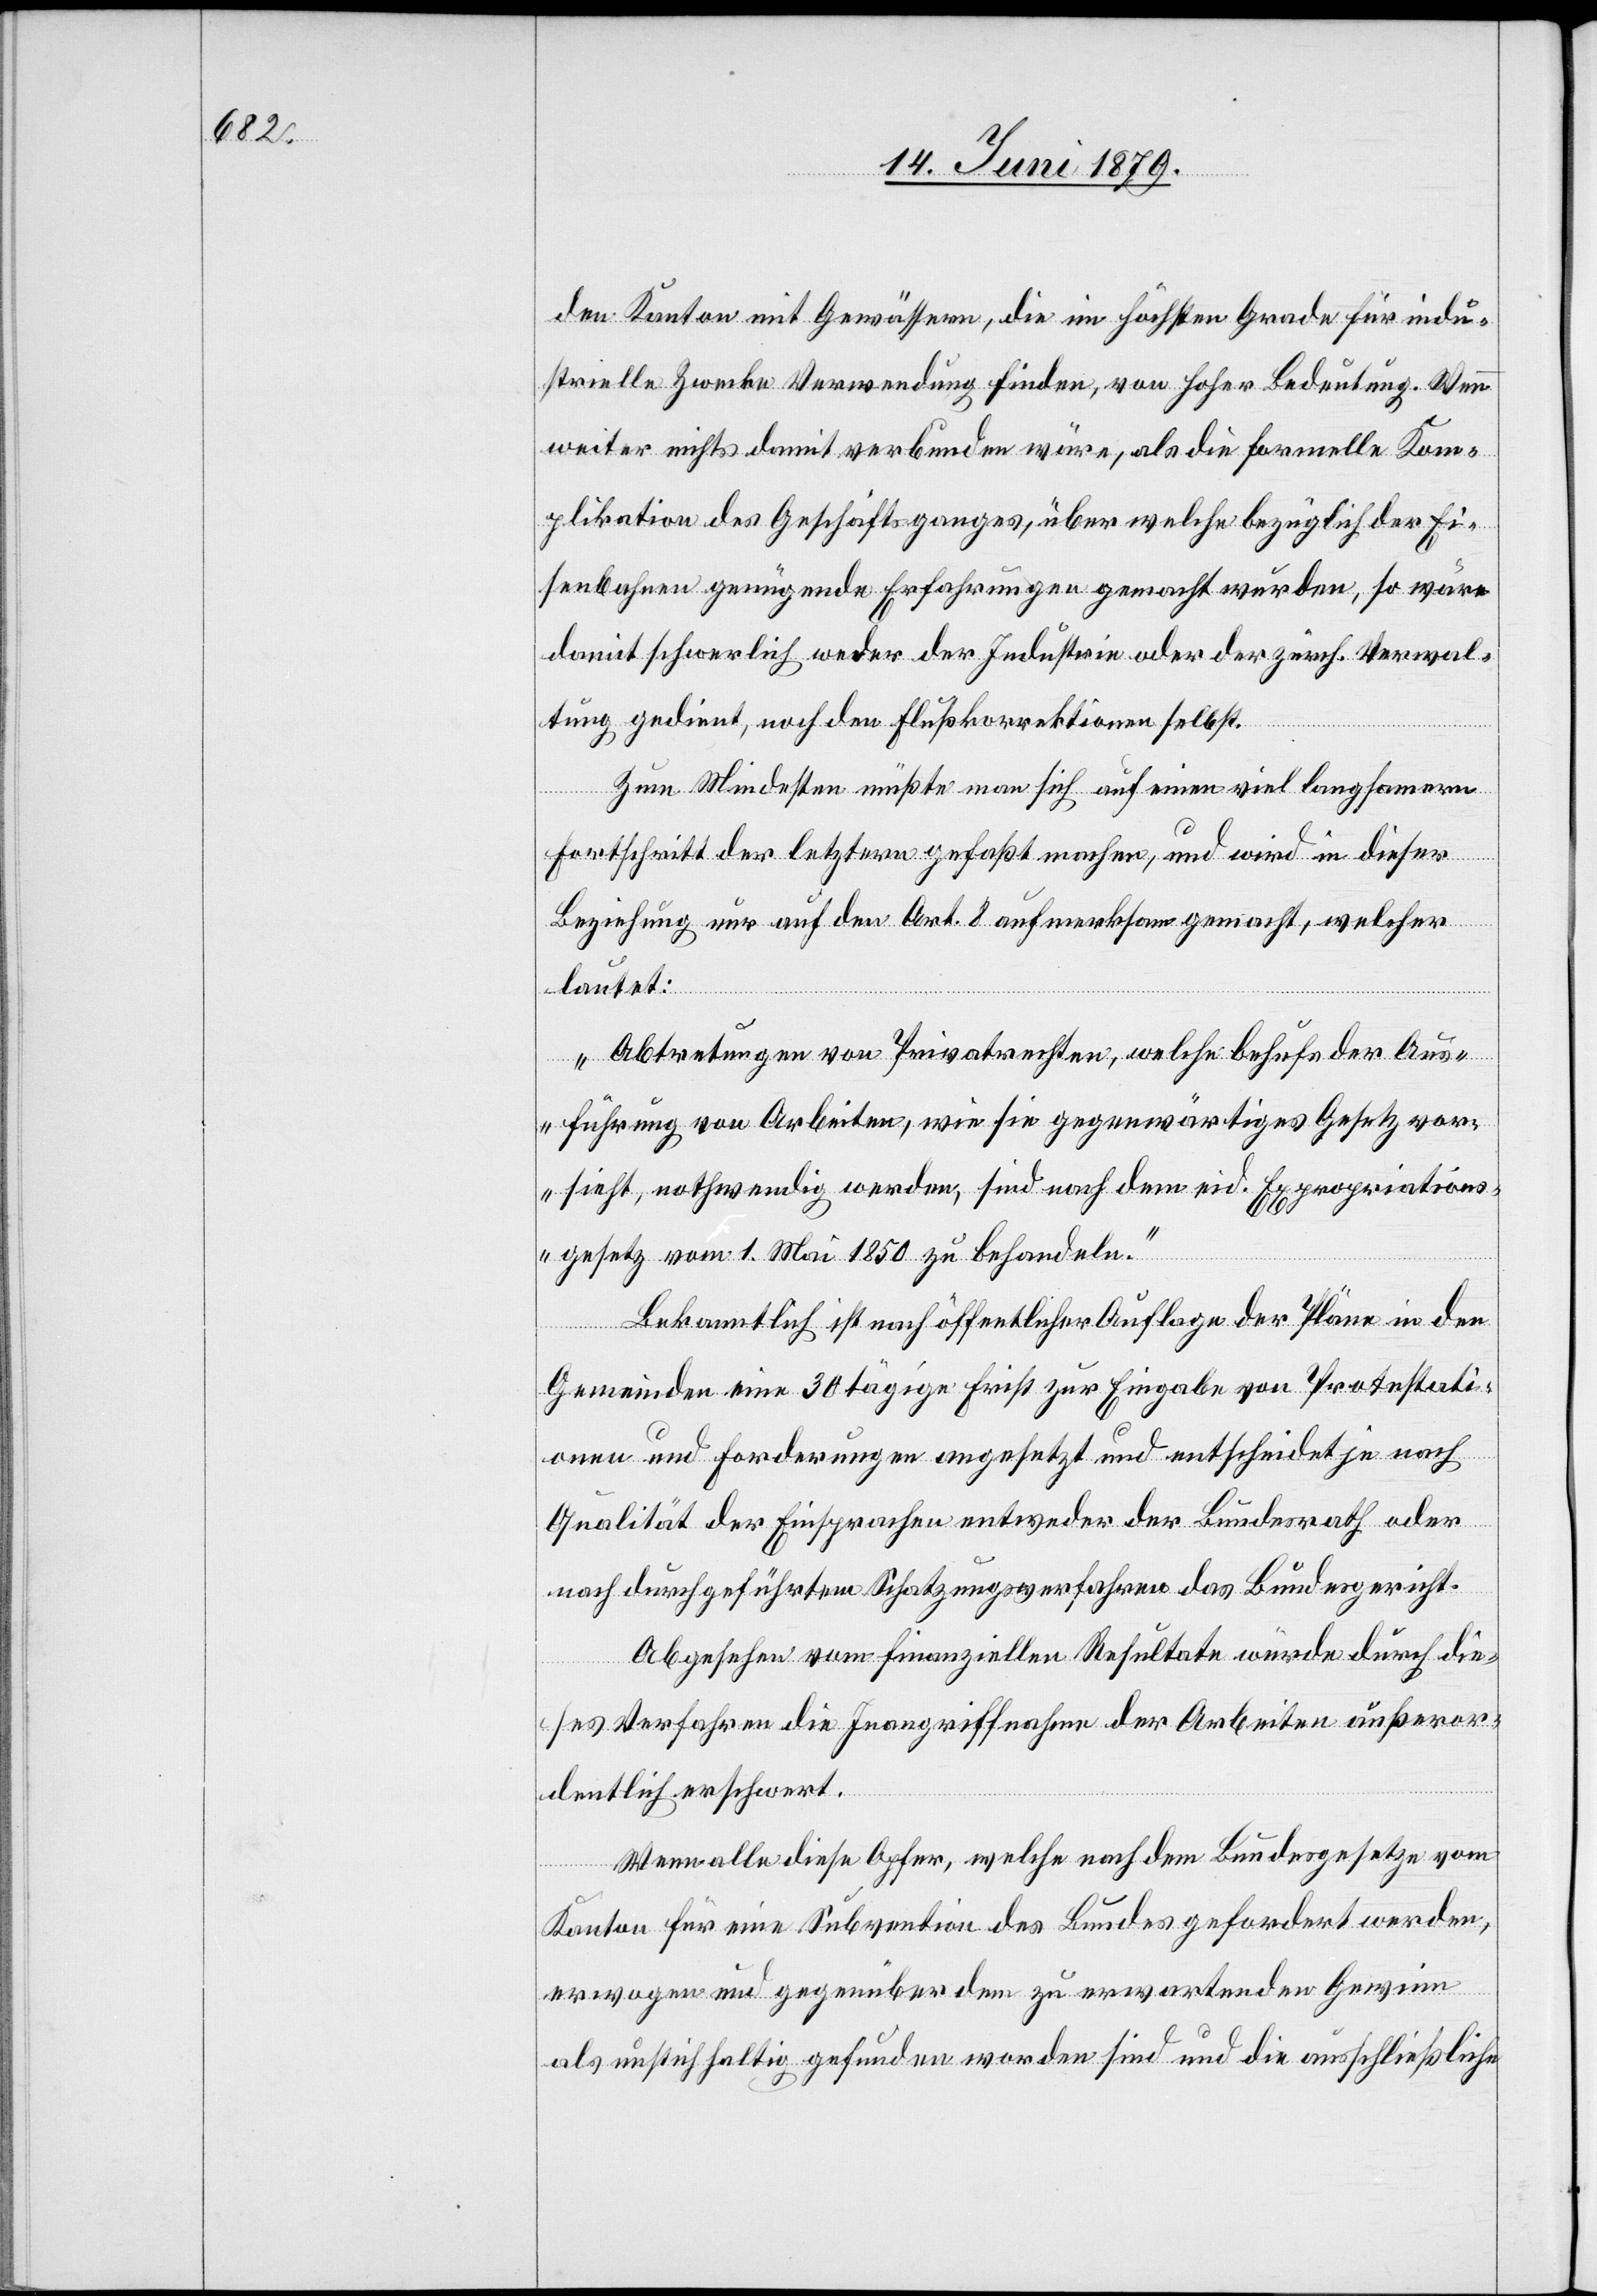
den Kanton mit Gewässern, die im höchsten Grade für indu¬
strielle Zwecke Verwendung finden, von hoher Bedeutung. Wenn
weiter nichts damit verbunden wäre, als die formelle Kom¬
plikation des Geschäftsganges, über welche bezüglich der Ei¬
senbahnen genügende Erfahrungen gemacht wurden, so wäre
damit schwerlich weder der Industrie oder der zürch. Verwal¬
tung gedient, noch den Flußkorrektionen selbst.
Zum Mindesten müßte man sich auf einen viel langsamern
Fortschritt der letztern gefaßt machen, und wird in dieser
Beziehung nur auf den Art. 8 aufmerksam gemacht, welcher
lautet:
„Abtretungen von Privatrechten, welche behufs der Aus¬
führung von Arbeiten, wie sie gegenwärtiges Gesetz vor¬
sieht, nothwendig werden, sind nach dem eid. Expropriations¬
gesetz vom 1. Mai 1859 zu behandeln.“
Bekanntlich ist nach öffentlicher Auflage der Pläne in den
Gemeinden eine 30tägige Frist zur Eingabe von Protestati¬
onen und Forderungen angesetzt und entscheidet je nach
Qualität der Einsprachen entweder der Bundesrath oder
nach durchgeführtem Schatzungsverfahren das Bundesgericht.
Abgesehen vom finanziellen Resultate würde durch die¬
ses Verfahren die Inangriffnahme der Arbeiten außeror¬
dentlich erschwert.
Wenn alle diese Opfer, welche nach dem Bundesgesetze vom
Kanton für eine Subvention des Bundes gefordert werden,
erwogen und gegenüber dem zu erwartenden Gewinn
als unstichhaltig gefunden worden sind und die ausschließliche